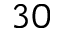
3 0